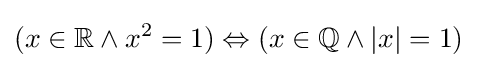
(x\in \mathbb {R} \land x^{2}=1)\Leftrightarrow (x\in \mathbb {Q} \land |x|=1)